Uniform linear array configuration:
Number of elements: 4
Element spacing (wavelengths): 0.75
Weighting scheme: exponential
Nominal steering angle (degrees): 45
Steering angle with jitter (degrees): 43.168
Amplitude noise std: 0.05
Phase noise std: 0.05

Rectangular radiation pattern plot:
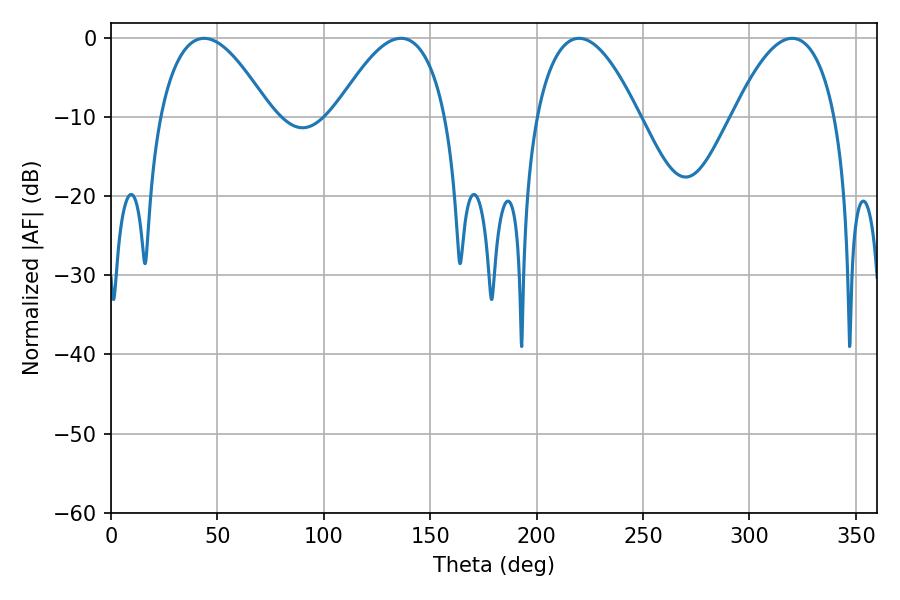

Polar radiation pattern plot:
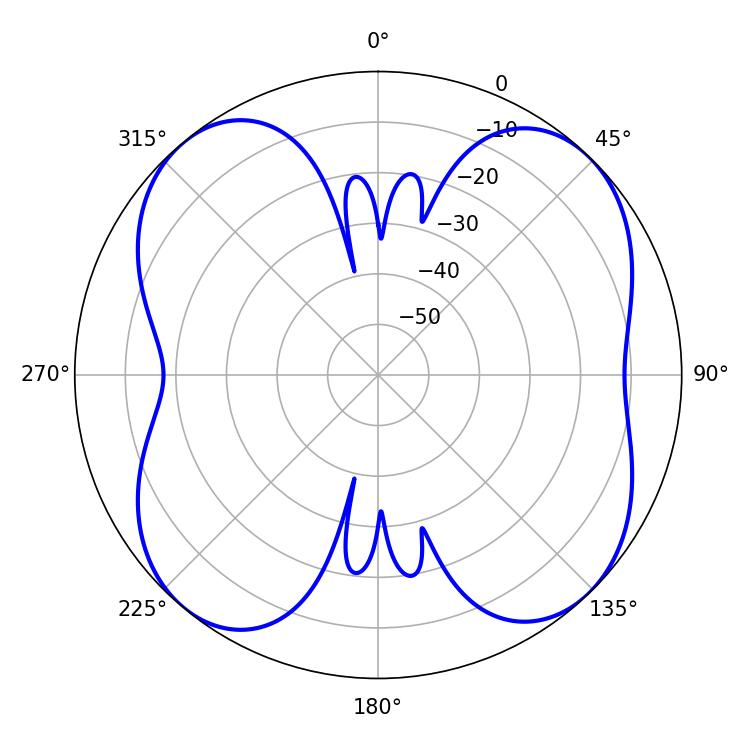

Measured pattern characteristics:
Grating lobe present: TRUE
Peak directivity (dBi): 11.954
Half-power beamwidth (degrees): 28.44
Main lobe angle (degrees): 43.74